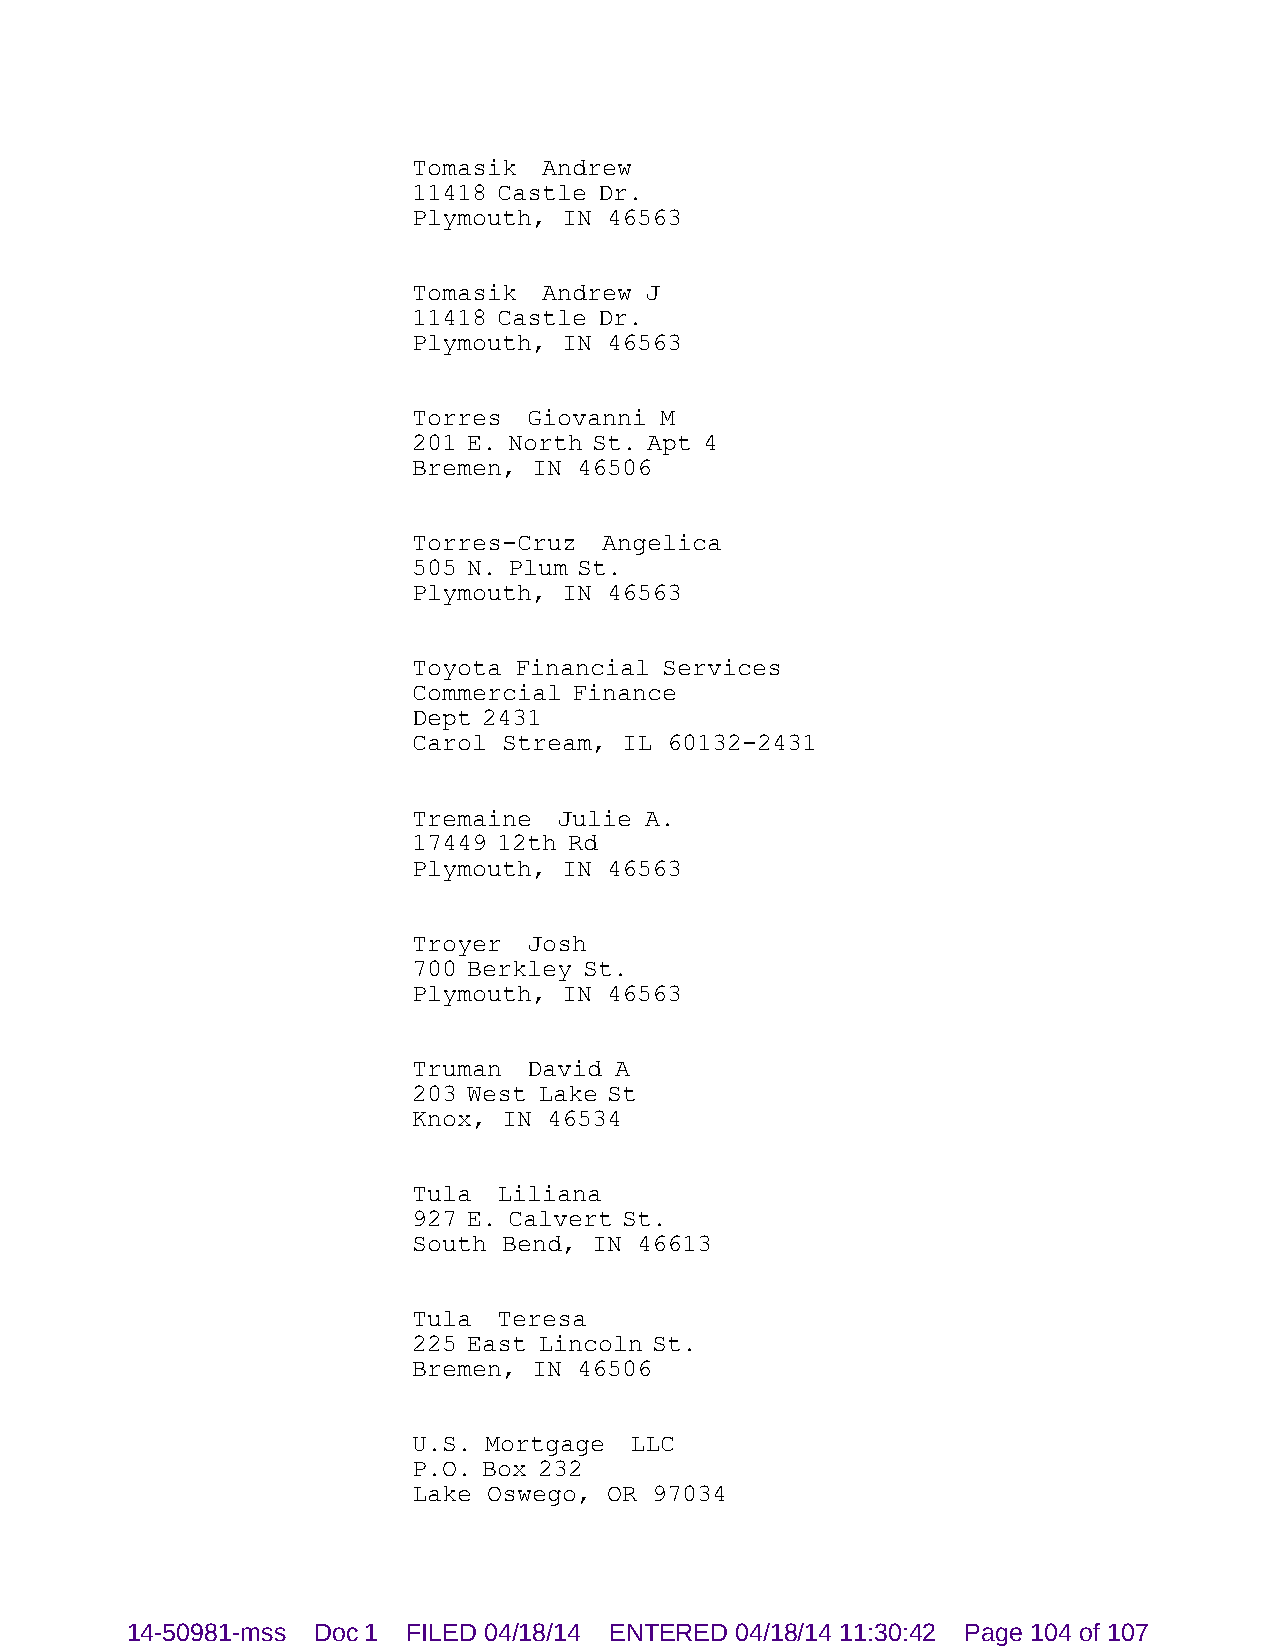
Tomasik  Andrew
 11418 Castle Dr.
 Plymouth, IN 46563
 Tomasik  Andrew J
 11418 Castle Dr.
 Plymouth, IN 46563
 Torres  Giovanni M
 201 E. North St. Apt 4
 Bremen, IN 46506
 Torres-Cruz  Angelica
 505 N. Plum St.
 Plymouth, IN 46563
 Toyota Financial Services
 Commercial Finance
 Dept 2431
 Carol Stream, IL 60132-2431
 Tremaine  Julie A.
 17449 12th Rd
 Plymouth, IN 46563
 Troyer  Josh
 700 Berkley St.
 Plymouth, IN 46563
 Truman  David A
 203 West Lake St
 Knox, IN 46534
 Tula  Liliana
 927 E. Calvert St.
 South Bend, IN 46613
 Tula  Teresa
 225 East Lincoln St.
 Bremen, IN 46506
 U.S. Mortgage  LLC
 P.O. Box 232
 Lake Oswego, OR 97034
 14-50981-mss Doc 1 FILED 04/18/14 ENTERED 04/18/14 11:30:42 Page 104 of 107